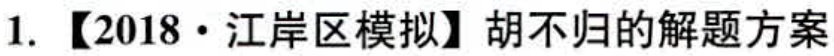
1. 【2018·江岸区模拟】胡不归的解题方案